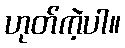
ဟုတ်ကဲ့ပါ။